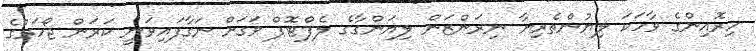
ހިރޮއިންގެ ވާހަކަ ލިޔުންތެރިޔާ ނިރަންޒަން ލިޔަންގާގެ ލެޕްޓޮޕް ވަގަށް ނަގާފައިވަނީ ކަރަން ޖޯހަރުގެ